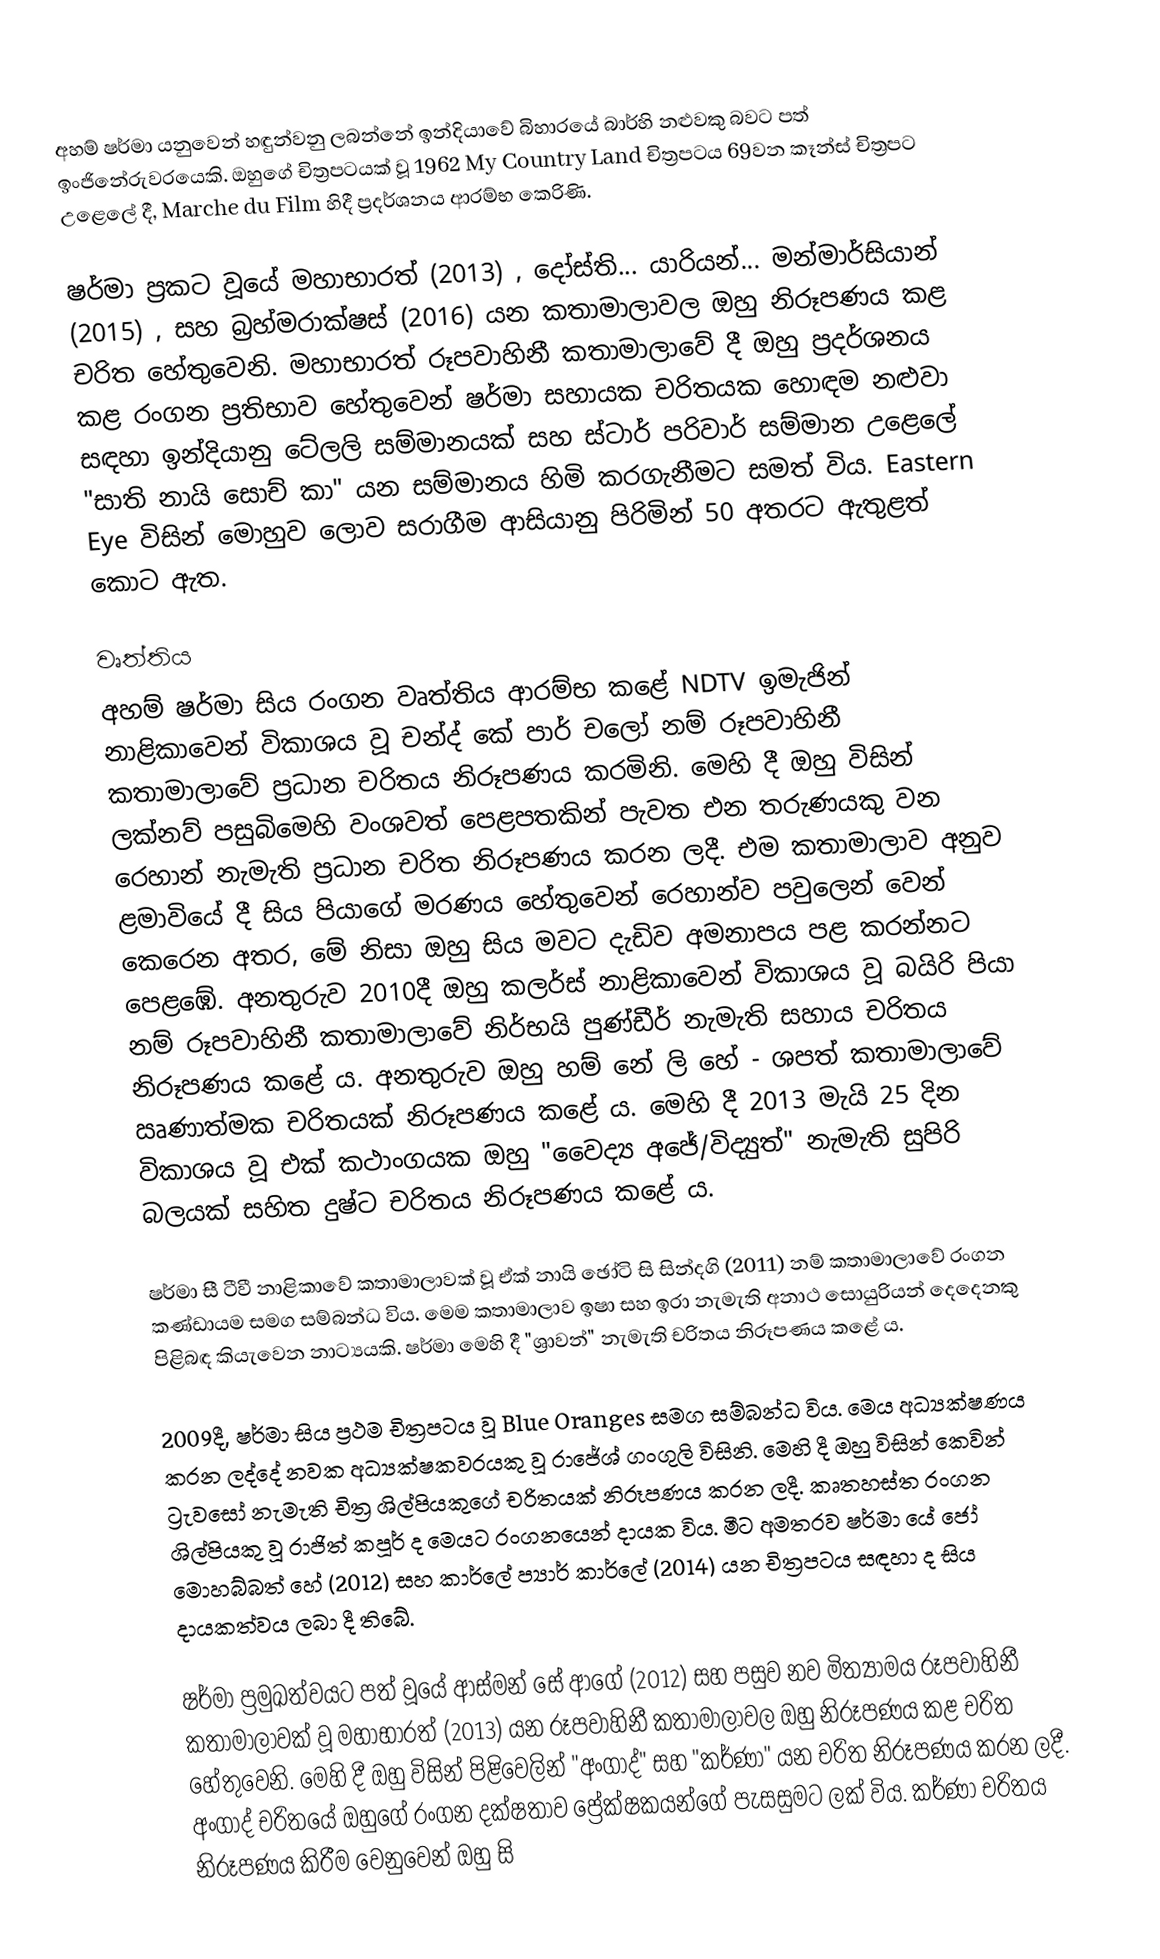
අහම් ෂර්මා යනුවෙන් හඳුන්වනු ලබන්නේ ඉන්දියාවේ බිහාරයේ බාර්හි නළුවකු බවට පත් ඉංජිනේරුවරයෙකි. ඔහුගේ චිත්‍රපටයක් වූ 1962 My Country Land චිත්‍රපටය 69වන කෑන්ස් චිත්‍රපට උළෙලේ දී, Marche du Film හිදී ප්‍රදර්ශනය ආරම්භ කෙරිණි.

ෂර්මා ප්‍රකට වූයේ මහාභාරත් (2013) , දෝස්ති... යාරියන්... මන්මාර්සියාන් (2015) , සහ බ්‍රහ්මරාක්ෂස් (2016) යන කතාමාලාවල ඔහු නිරූපණය කළ චරිත හේතුවෙනි. මහාභාරත් රූපවාහිනී කතාමාලාවේ දී ඔහු ප්‍රදර්ශනය කළ රංගන ප්‍රතිභාව හේතුවෙන් ෂර්මා සහායක චරිතයක හොඳම නළුවා සඳහා ඉන්දියානු ටේලලි සම්මානයක් සහ ස්ටාර් පරිවාර් සම්මාන උළෙලේ "සාති නායි සොච් කා" යන සම්මානය හිමි කරගැනීමට සමත් විය. Eastern Eye විසින් මොහුව ලොව සරාගීම ආසියානු පිරිමින් 50 අතරට ඇතුළත් කොට ඇත.

වෘත්තිය
අහම් ෂර්මා සිය රංගන වෘත්තිය ආරම්භ කළේ NDTV ඉමැජින් නාළිකාවෙන් විකාශය වූ චන්ද් කේ පාර් චලෝ නම් රූපවාහිනී කතාමාලාවේ ප්‍රධාන චරිතය නිරූපණය කරමිනි. මෙහි දී ඔහු විසින් ලක්නව් පසුබිමෙහි වංශවත් පෙළපතකින් පැවත එන තරුණයකු වන රෙහාන් නැමැති ප්‍රධාන චරිත නිරූපණය කරන ලදී. එම කතාමාලාව අනුව ළමාවියේ දී සිය පියාගේ මරණය හේතුවෙන් රෙහාන්ව පවුලෙන් වෙන් කෙරෙන අතර, මේ නිසා ඔහු සිය මවට දැඩිව අමනාපය පළ කරන්නට පෙළඹේ. අනතුරුව 2010දී ඔහු කලර්ස් නාළිකාවෙන් විකාශය වූ බයිරි පියා නම් රූපවාහිනී කතාමාලාවේ නිර්භයි පුණ්ඩීර් නැමැති සහාය චරිතය නිරූපණය කළේ ය. අනතුරුව ඔහු හම් නේ ලි හේ - ශපත් කතාමාලාවේ ඍණාත්මක චරිතයක් නිරූපණය කළේ ය. මෙහි දී 2013 මැයි 25 දින විකාශය වූ එක් කථාංගයක ඔහු "වෛද්‍ය අජේ/විද්‍යුත්" නැමැති සුපිරි බලයක් සහිත දුෂ්ට චරිතය නිරූපණය කළේ ය.

ෂර්මා සී ටීවී නාළිකාවේ කතාමාලාවක් වූ ඒක් නායි ඡෝටි සි සින්දගි (2011) නම් කතාමාලාවේ රංගන කණ්ඩායම සමග සම්බන්ධ විය. මෙම කතාමාලාව ඉෂා සහ ඉරා නැමැති අනාථ සොයුරියන් දෙදෙනකු පිළිබඳ කියැවෙන නාට්‍යයකි. ෂර්මා මෙහි දී "ශ්‍රාවන්" නැමැති චරිතය නිරූපණය කළේ ය.

2009දී, ෂර්මා සිය ප්‍රථම චිත්‍රපටය වූ Blue Oranges සමග සම්බන්ධ විය. මෙය අධ්‍යක්ෂණය කරන ලද්දේ නවක අධ්‍යක්ෂකවරයකු වූ රාජේශ් ගංගුලි විසිනි. මෙහි දී ඔහු විසින් කෙවින් ට්‍රැවසෝ නැමැති චිත්‍ර ශිල්පියකුගේ චරිතයක් නිරූපණය කරන ලදී. කෘතහස්ත රංගන ශිල්පියකු වූ රාජිත් කපූර් ද මෙයට රංගනයෙන් දායක විය. මීට අමතරව ෂර්මා යේ ජෝ මොහබ්බත් හේ (2012) සහ කාර්ලේ ප්‍යාර් කාර්ලේ (2014) යන චිත්‍රපටය සඳහා ද සිය දායකත්වය ලබා දී තිබේ.

ෂර්මා ප්‍රමුඛත්වයට පත් වූයේ ආස්මන් සේ ආගේ (2012) සහ පසුව නව මිත්‍යාමය රූපවාහිනී කතාමාලාවක් වූ මහාභාරත් (2013) යන රූපවාහිනී කතාමාලාවල ඔහු නිරූපණය කළ චරිත හේතුවෙනි. මෙහි දී ඔහු විසින් පිළිවෙලින් "අංගාද්" සහ "කර්ණා" යන චරිත නිරූපණය කරන ලදී. අංගාද් චරිතයේ ඔහුගේ රංගන දක්ෂතාව ප්‍රේක්ෂකයන්ගේ පැසසුමට ලක් විය. කර්ණා චරිතය නිරූපණය කිරීම වෙනුවෙන් ඔහු සි